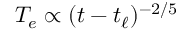
T _ { e } \propto ( t - t _ { \ell } ) ^ { - 2 / 5 }